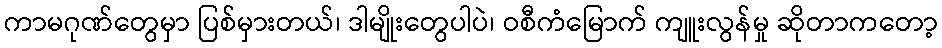
ကာမဂုဏ်တွေမှာ ပြစ်မှားတယ်၊ ဒါမျိုးတွေပါပဲ၊ ဝစီကံမြောက် ကျူးလွန်မှု ဆိုတာကတော့